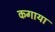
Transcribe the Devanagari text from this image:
कगाया